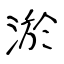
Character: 淤